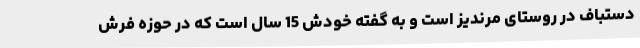
دستباف در روستای مرندیز است و به گفته خودش 15 سال است که در حوزه فرش